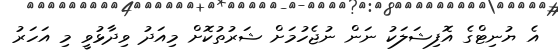
އެ ޔުނިޓްގެ އޮފިޝަލަކު ނަން ނުޖެހުމަށް ޝަރުތުކޮށް މިއަދު ވިދާޅުވީ މި އަހަރު